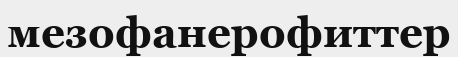
мезофанерофиттер